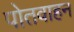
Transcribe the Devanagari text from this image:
पोतवाहन